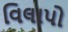
વિલાપો